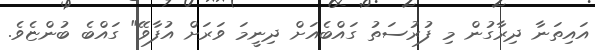
އައިތަނާ ދިރާގުން މި ފުރުސަތު ގައްބެއަށް ދިނީމަ ވަރަށް އުފާވޭ" ގައްބެ ބުންޏެވެ.